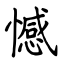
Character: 憾